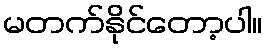
မတက်နိုင်တော့ပါ။